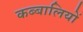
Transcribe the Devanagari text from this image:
कब्बालियों